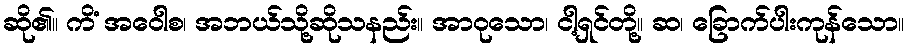
ဆို၏။ ကိံ အဝေါစ၊ အဘယ်သို့ဆိုသနည်း။ အာဝုသော၊ ငါ့ရှင်တို့။ ဆ၊ ခြောက်ပါးကုန်သော။